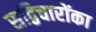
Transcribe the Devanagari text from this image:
सद्विचारोंका